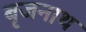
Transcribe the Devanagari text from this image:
बृजनाथ